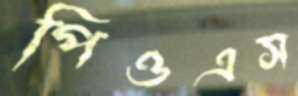
পিওএস